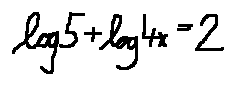
\log 5 + \log 4 x = 2